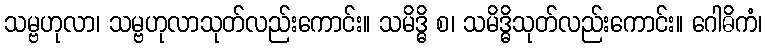
သမ္ဗဟုလာ၊ သမ္ဗဟုလာသုတ်လည်းကောင်း။ သမိဒ္ဓိ စ၊ သမိဒ္ဓိသုတ်လည်းကောင်း။ ဂေါဓိကံ၊